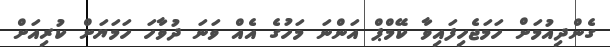
ގެންދިއުމަށް ހަމަޖެހިފައިވާ ކޭމްޕް އަންނަ މަހުގެ އެއް ވަނަ ދުވާހަ ހަމަޔަށް ކުރިއަށް